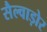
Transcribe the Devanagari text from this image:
सैल्वाड़ोर